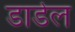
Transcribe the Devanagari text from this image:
डार्डेल